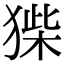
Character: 𤠌